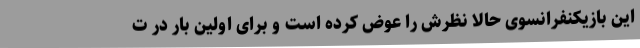
این بازیکنفرانسوی حالا نظرش را عوض کرده است و برای اولین بار در ت